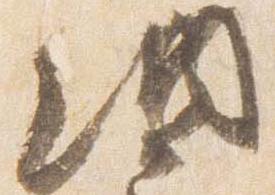
納